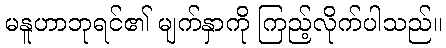
မနူဟာဘုရင်၏ မျက်နှာကို ကြည့်လိုက်ပါသည်။